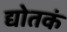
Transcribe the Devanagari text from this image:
द्योतकं